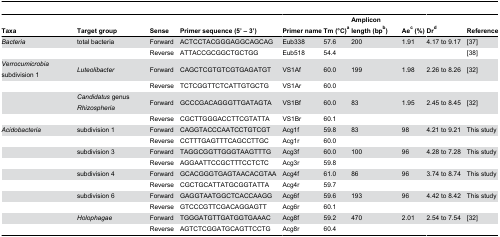
<table><thead><tr><td><b>Taxa</b></td><td><b>Target group</b></td><td><b>Sense</b></td><td><b>Primer sequence (5’ – 3’)</b></td><td><b>Primer name </b></td><td><b>Tm (°C)<sup>a</sup> </b></td><td><b>Amplicon length (bp<sup>b</sup>)</b></td><td><b>Ae<sup>c</sup> (%) </b></td><td><b>Dr<sup>d</sup></b></td><td><b>Reference</b></td></tr></thead><tbody><tr><td><i>Bacteria</i></td><td>total bacteria</td><td>Forward</td><td>ACTCCTACGGGAGGCAGCAG</td><td>Eub338</td><td>57.6</td><td>200</td><td>1.91</td><td>4.17 to 9.17</td><td>[37]</td></tr><tr><td></td><td></td><td>Reverse</td><td>ATTACCGCGGCTGCTGG</td><td>Eub518</td><td>54.4</td><td></td><td></td><td></td><td>[38]</td></tr><tr><td><i>Verrocumicrobia</i> subdivision 1</td><td><i>Luteolibacter</i></td><td>Forward</td><td>CAGCTCGTGTCGTGAGATGT</td><td>VS1Af</td><td>60.0</td><td>199</td><td>1.98</td><td>2.26 to 8.26</td><td>[32]</td></tr><tr><td></td><td></td><td>Reverse</td><td>TCTCGGTTCTCATTGTGCTG</td><td>VS1Ar</td><td>60.0</td><td></td><td></td><td></td><td></td></tr><tr><td></td><td><i>Candidatus</i> genus <i>Rhizospheria</i></td><td>Forward</td><td>GCCCGACAGGGTTGATAGTA</td><td>VS1Bf</td><td>60.0</td><td>83</td><td>1.95</td><td>2.45 to 8.45</td><td>[32]</td></tr><tr><td></td><td></td><td>Reverse</td><td>CGCTTGGGACCTTCGTATTA</td><td>VS1Br</td><td>60.1</td><td></td><td></td><td></td><td></td></tr><tr><td><i>Acidobacteria</i></td><td>subdivision 1</td><td>Forward</td><td>CAGGTACCCAATCCTGTCGT</td><td>Acg1f</td><td>59.8</td><td>83</td><td>98</td><td>4.21 to 9.21</td><td>This study</td></tr><tr><td></td><td></td><td>Reverse</td><td>CCTTTGAGTTTCAGCCTTGC</td><td>Acg1r</td><td>60.0</td><td></td><td></td><td></td><td></td></tr><tr><td></td><td>subdivision 3</td><td>Forward</td><td>TAGGCGGTTGGGTAAGTTTG</td><td>Acg3f</td><td>60.0</td><td>100</td><td>96</td><td>4.28 to 7.28</td><td>This study</td></tr><tr><td></td><td></td><td>Reverse</td><td>AGGAATTCCGCTTTCCTCTC</td><td>Acg3r</td><td>59.8</td><td></td><td></td><td></td><td></td></tr><tr><td></td><td>subdivision 4</td><td>Forward</td><td>GCACGGGTGAGTAACACGTAA</td><td>Acg4f</td><td>61.0</td><td>86</td><td>96</td><td>3.74 to 8.74</td><td>This study</td></tr><tr><td></td><td></td><td>Reverse</td><td>CGCTGCATTATGCGGTATTA</td><td>Acg4r</td><td>59.7</td><td></td><td></td><td></td><td></td></tr><tr><td></td><td>subdivision 6</td><td>Forward</td><td>GAGGTAATGGCTCACCAAGG</td><td>Acg6f</td><td>59.6</td><td>193</td><td>96</td><td>4.42 to 8.42</td><td>This study</td></tr><tr><td></td><td></td><td>Reverse</td><td>GTCCCGTTCGACAGGAGTT</td><td>Acg6r</td><td>60.1</td><td></td><td></td><td></td><td></td></tr><tr><td></td><td><i>Holophagae</i></td><td>Forward</td><td>TGGGATGTTGATGGTGAAAC</td><td>Acg8f</td><td>59.2</td><td>470</td><td>2.01</td><td>2.54 to 7.54</td><td>[32]</td></tr><tr><td></td><td></td><td>Reverse</td><td>AGTCTCGGATGCAGTTCCTG</td><td>Acg8r</td><td>60.4</td><td></td><td></td><td></td><td></td></tr></tbody></table>